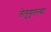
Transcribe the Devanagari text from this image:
तेलुगूतल्या